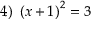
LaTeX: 4 ) \ \left( x + 1 \right) ^ { 2 } = 3